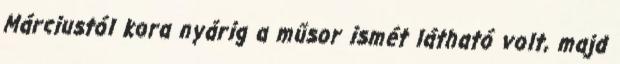
Márciustól kora nyárig a műsor ismét látható volt, majd